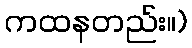
ကထနတည်း။)